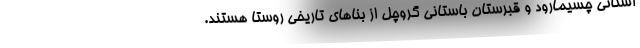
استانی چسیمارود و قبرستان باستانی گروچل از بناهای تاریخی روستا هستند.